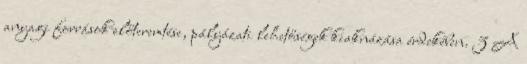
anyagi források előteremtése, pályázati lehetőségek kiaknázása érdekében. 3 A